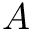
A